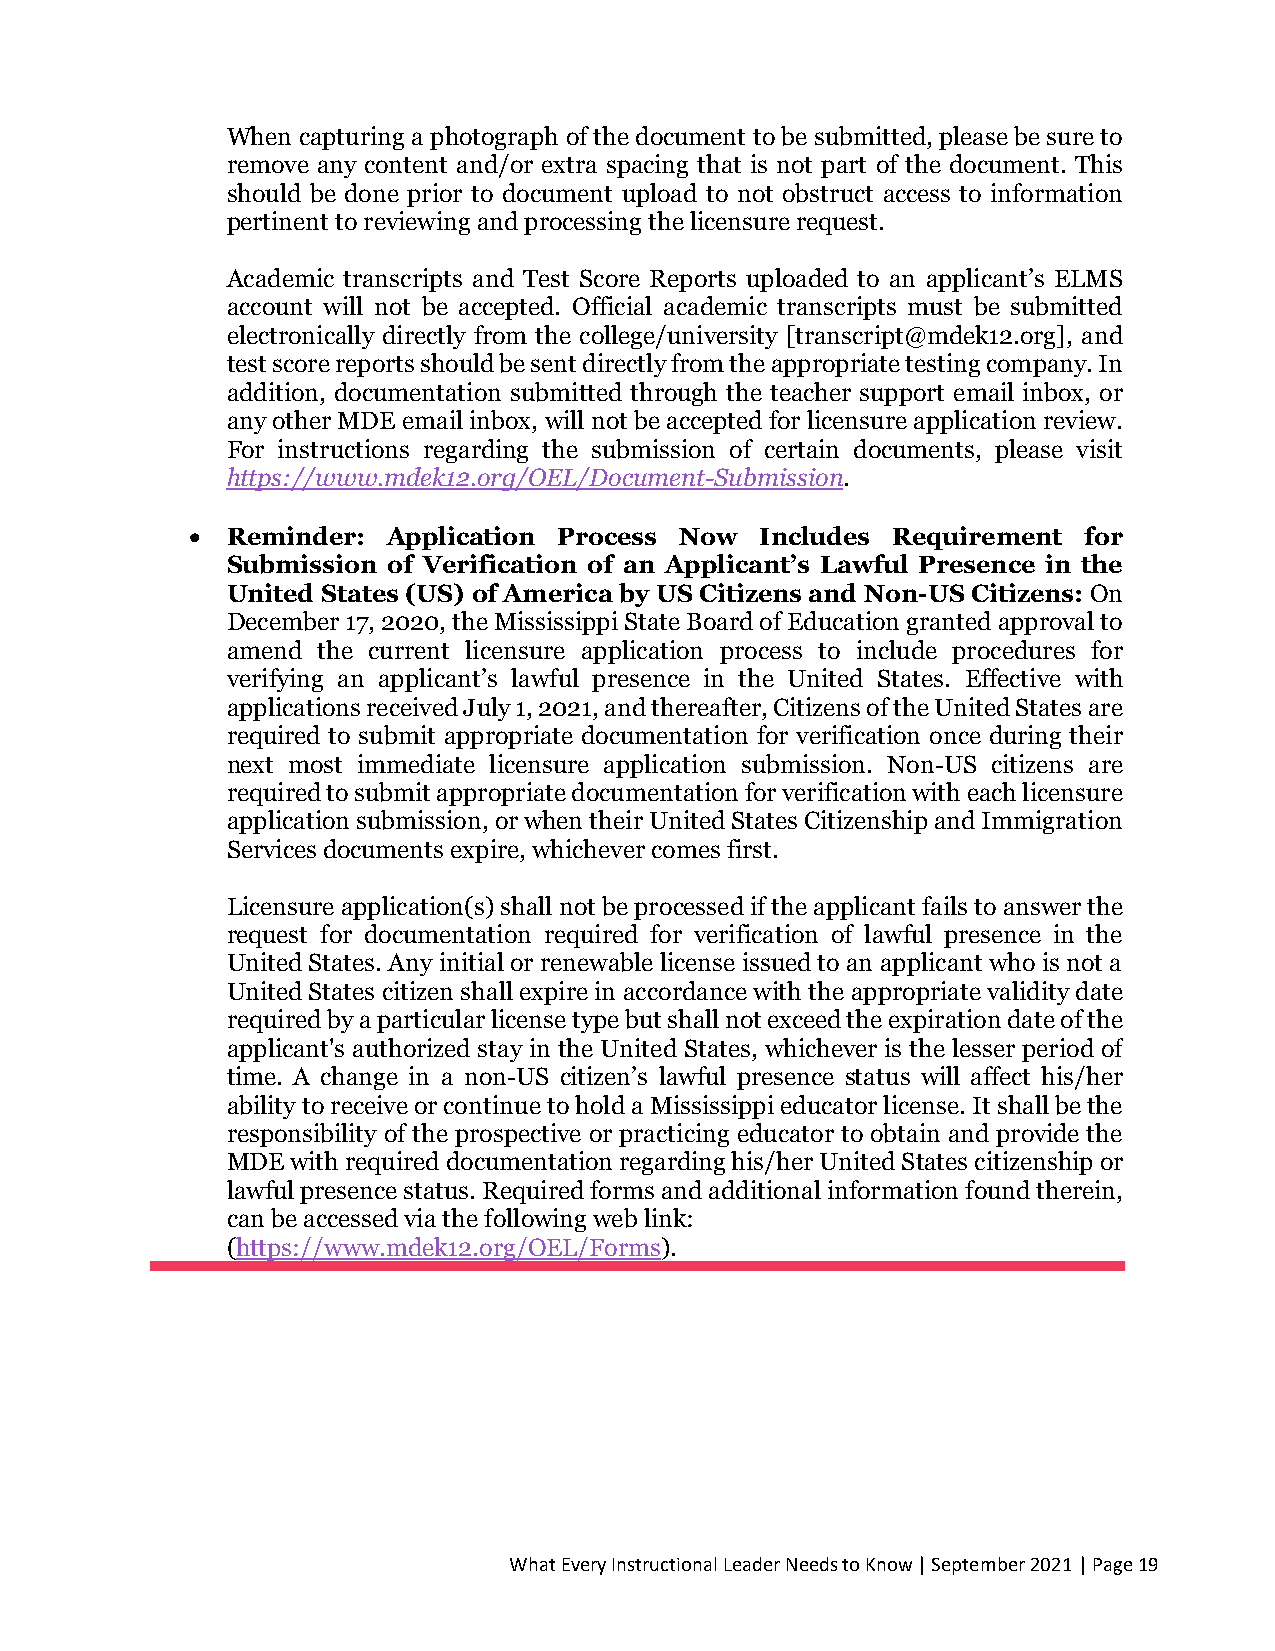
When capturing a photograph of the document to be submitted, please be sure to
 remove any content and/or extra spacing that is not part of the document. This
 should be done prior to document upload to not obstruct access to information
 pertinent to reviewing and processing the licensure request.
 Academic transcripts and Test Score Reports uploaded to an applicant’s ELMS
 account will not be accepted. Official academic transcripts must be submitted
 electronically directly from the college/university [transcript@mdek12.org], and
 test score reports should be sent directly from the appropriate testing company. In
 addition, documentation submitted through the teacher support email inbox, or
 any other MDE email inbox, will not be accepted for licensure application review.
 For instructions regarding the submission of certain documents, please visit
 https://www.mdek12.org/OEL/Document-Submission.
 • Reminder:  Application Process Now Includes Requirement  for
 Submission of Verification of an Applicant’s Lawful Presence in the
 United States (US) of America by US Citizens and Non-US Citizens: On
 December 17, 2020, the Mississippi State Board of Education granted approval to
 amend the current licensure application process to include procedures for
 verifying an applicant’s lawful presence in the United States. Effective with
 applications received July 1, 2021, and thereafter, Citizens of the United States are
 required to submit appropriate documentation for verification once during their
 next most immediate licensure application submission. Non-US citizens are
 required to submit appropriate documentation for verification with each licensure
 application submission, or when their United States Citizenship and Immigration
 Services documents expire, whichever comes first.
 Licensure application(s) shall not be processed if the applicant fails to answer the
 request for documentation required for verification of lawful presence in the
 United States. Any initial or renewable license issued to an applicant who is not a
 United States citizen shall expire in accordance with the appropriate validity date
 required by a particular license type but shall not exceed the expiration date of the
 applicant's authorized stay in the United States, whichever is the lesser period of
 time. A change in a non-US citizen’s lawful presence status will affect his/her
 ability to receive or continue to hold a Mississippi educator license. It shall be the
 responsibility of the prospective or practicing educator to obtain and provide the
 MDE with required documentation regarding his/her United States citizenship or
 lawful presence status. Required forms and additional information found therein,
 can be accessed via the following web link:
 (https://www.mdek12.org/OEL/Forms).
 What Every Instructional Leader Needs to Know | September 2021 | Page 19